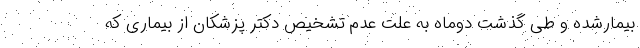
بیمارشده و طی گذشت دوماه به علت عدم تشخیص دکتر پزشکان از بیماری که